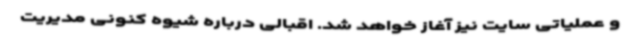
و عملیاتی سایت نیز آغاز خواهد شد. اقبالی درباره شیوه کنونی مدیریت